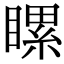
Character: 𥉹